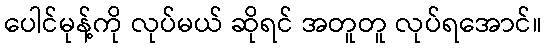
ပေါင်မုန့်ကို လုပ်မယ် ဆိုရင် အတူတူ လုပ်ရအောင်။